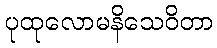
ပုထုလောမနိသေဝိတာ